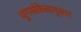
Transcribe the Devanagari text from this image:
युगसंकेतानुसार